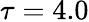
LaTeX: \tau=4.0